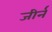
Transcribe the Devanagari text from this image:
जीर्न